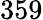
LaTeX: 359